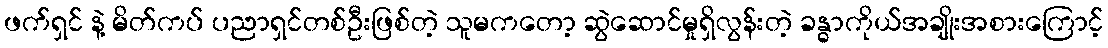
ဖက်ရှင် နဲ့ မိတ်ကပ် ပညာရှင်တစ်ဦးဖြစ်တဲ့ သူမကတော့ ဆွဲဆောင်မှုရှိလွန်းတဲ့ ခန္ဓာကိုယ်အချိုးအစားကြောင့်